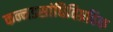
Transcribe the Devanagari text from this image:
कन्नडसांधिविग्रहिक